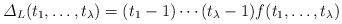
LaTeX: \begin{align*}{\mit \Delta}_L(t_1, \ldots, t_{\lambda})=(t_1-1)\cdots (t_{\lambda}-1)f(t_1, \ldots, t_{\lambda})\end{align*}